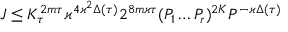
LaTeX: J \leq K _ { \tau } ^ { 2 m \tau } \varkappa ^ { 4 \varkappa ^ { 2 } \Delta ( \tau ) } 2 ^ { 8 m \varkappa \tau } ( P _ { 1 } \dots P _ { r } ) ^ { 2 K } P ^ { - \varkappa \Delta ( \tau ) }